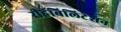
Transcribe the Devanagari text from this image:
रीहॅबिलिटेशन